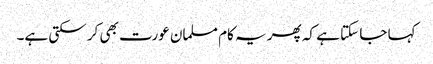
کہا جا سکتا ہے کہ پھر یہ کام مسلمان عورت بھی کر سکتی ہے۔